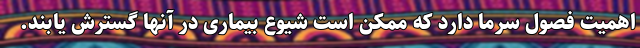
اهمیت فصول سرما دارد که ممکن است شیوع بیماری در آنها گسترش یابند.